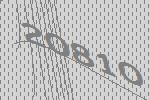
20810